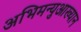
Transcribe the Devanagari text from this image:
अभिमन्युआख्यान